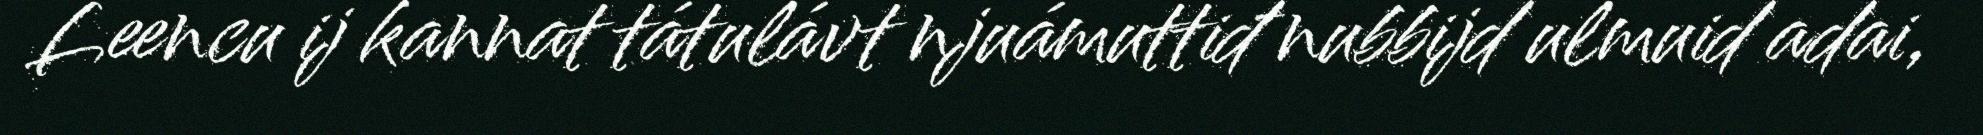
Leencu ij kannat tátulávt njuámuttiđ nubbijd ulmuid adai,